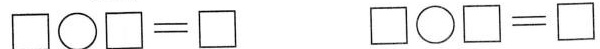
$$\Box \circ \Box = \Box$$ $$\Box \circ \Box = \Box$$